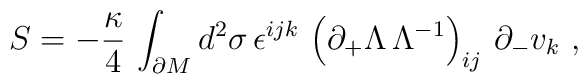
S=-{\kappa\over 4}\,\int_{\partial M} d^2\sigma\,\epsilon^{ijk}\,\left(\partial_+\Lambda\,\Lambda^{-1}\right)_{ij}\,\partial_- v_k\ ,